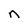
Character: n